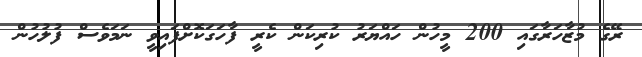
ރޭގެ މުޒާހަރާގައި 200 މީހުން ހައްޔަރު ކުރިކަން ކެރީ ފާހަގަކޮށްފައިވީ ނަމަވެސް ފުލުހުން